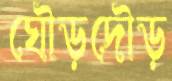
ঘৌড়দৌড়